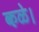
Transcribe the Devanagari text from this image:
कळे।